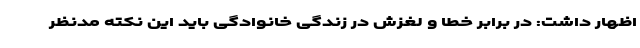
اظهار داشت: در برابر خطا و لغزش در زندگی خانوادگی باید این نکته مدنظر